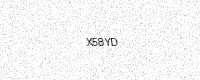
Text: X58YD